Civil Veterinary Department. Central Provinces & Berar 1925-31 - 1925-1931
Year: 1925
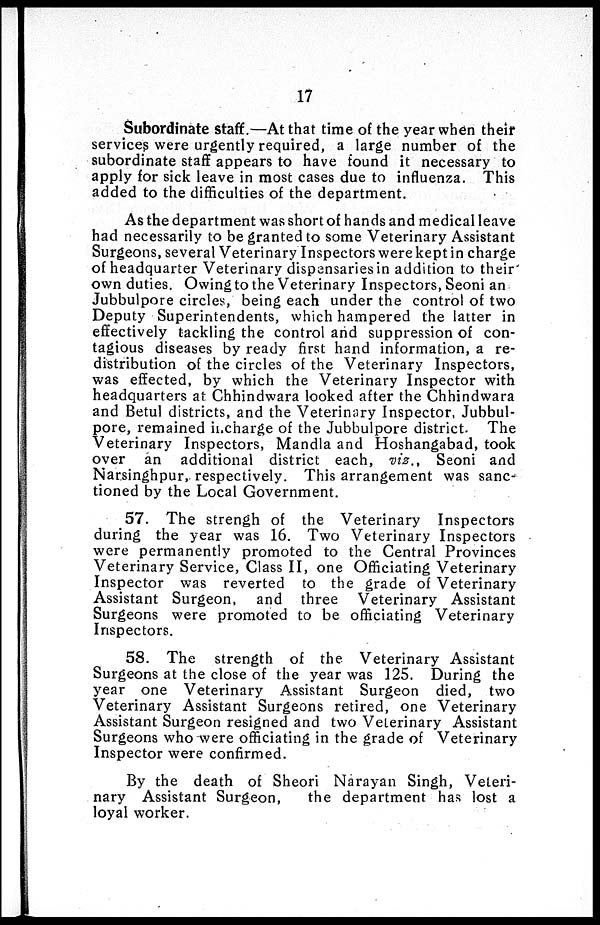
17
Subordinate staff.—At that time of the year when their
services were urgently required, a large number of the
subordinate staff appears to have found it necessary to
apply for sick leave in most cases due to influenza. This
added to the difficulties of the department.
As the department was short of hands and medical leave
had necessarily to be granted to some Veterinary Assistant
Surgeons, several Veterinary Inspectors were kept in charge
of headquarter Veterinary dispensaries in addition to their
own duties. Owing to the Veterinary Inspectors, Seoni an
Jubbulpore circles, being each under the control of two
Deputy Superintendents, which hampered the latter in
effectively tackling the control and suppression of con-
tagious diseases by ready first hand information, a re-
distribution of the circles of the Veterinary Inspectors,
was effected, by which the Veterinary Inspector with
headquarters at Chhindwara looked after the Chhindwara
and Betul districts, and the Veterinary Inspector, Jubbul-
pore, remained incharge of the Jubbulpore district. The
Veterinary Inspectors, Mandla and Hoshangabad, took
over an additional district each, viz., Seoni and
Narsinghpur, respectively. This arrangement was sanc-
tioned by the Local Government.
57. The strengh of the Veterinary Inspectors
during the year was 16. Two Veterinary Inspectors
were permanently promoted to the Central Provinces
Veterinary Service, Class II, one Officiating Veterinary
Inspector was reverted to the grade of Veterinary
Assistant Surgeon, and three Veterinary Assistant
Surgeons were promoted to be officiating Veterinary
Inspectors.
58. The strength of the Veterinary Assistant
Surgeons at the close of the year was 125. During the
year one Veterinary Assistant Surgeon died, two
Veterinary Assistant Surgeons retired, one Veterinary
Assistant Surgeon resigned and two Veterinary Assistant
Surgeons who were officiating in the grade of Veterinary
Inspector were confirmed.
By the death of Sheori Narayan Singh, Veteri-
nary Assistant Surgeon,
the department has lost a
loyal worker.